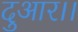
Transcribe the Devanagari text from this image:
दुआर।।